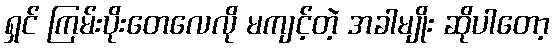
ရှင် ကြမ်းပိုးတေလေလို မကျင့်တဲ့ အခါမျိုး ဆိုပါတော့